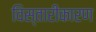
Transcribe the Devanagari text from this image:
विस्तारीकारण